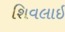
શિવલાઇ